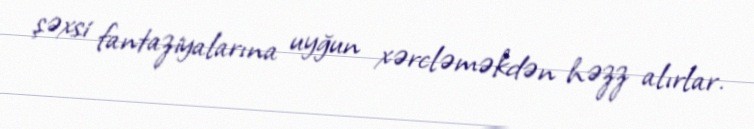
şəxsi fantaziyalarına uyğun xərcləməkdən həzz alırlar.